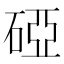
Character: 䃁